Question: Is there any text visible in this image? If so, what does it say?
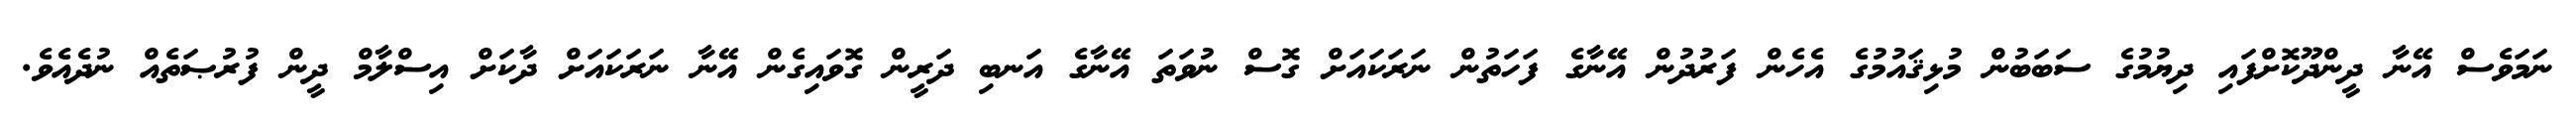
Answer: ނަމަވެސް އޭނާ ދީންދޫކޮށްފައި ދިޔުމުގެ ސަބަބުން މުޅިޤައުމުގެ އެހެން ފަރުދުން އޭނާގެ ފަހަތުން ނަރަކައަށް ގޮސް ނުވަތަ އޭނާގެ އަނބި ދަރީން ގޮވައިގެން އޭނާ ނަރަކައަށް ދާކަށް އިސްލާމް ދީން ފުރުޞަތެއް ނުދެއެވެ.